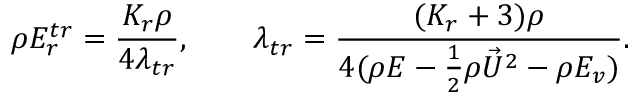
\rho E _ { r } ^ { t r } = \frac { K _ { r } \rho } { 4 \lambda _ { t r } } , \quad \quad \lambda _ { t r } = \frac { ( K _ { r } + 3 ) \rho } { 4 ( \rho E - \frac { 1 } { 2 } \rho { \vec { U } } ^ { 2 } - \rho E _ { v } ) } .